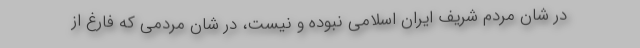
در شان مردم شریف ایران اسلامی نبوده و نیست، در شان مردمی که فارغ از